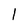
Character: l